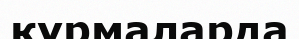
құрмаларда